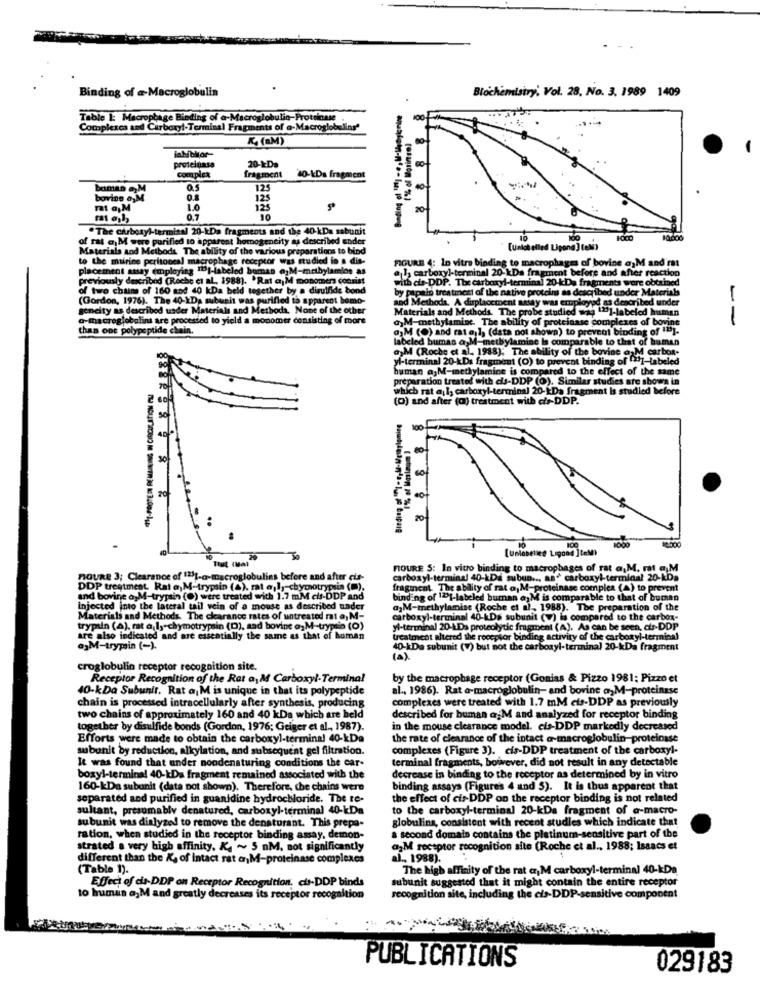
Binding of a Macroglobulin
Biochemistry', Vol. 28, No. 3. 1989 1409
Table 1: Macrophage Binding of a-Macroglobulio-Protoinuse .
Complexes and Carboxyl-Terminal Fragments of e-Macroglobulins'
K (AM)
(% of Maringel
inhibitor-
20-ŁDa
proteinasa
fragment
complex
10-kDs fragment
batman M
0.5
125
bovins a,M
125
1.0
125
0.7
10
"The carboxyl-terminal 20-kDa fragments and the 40-kDa sabunit
of rat a)M were purified to apparent homogeneity as described ender
Materials and Methods The ability of the various preparations to bind
[unlot elled Lipond ] tel)
to the marine peritoneal macrophage receptor was studied in a dis-
FIGURE 4: In vitro binding to macrophages of bovine a1M and rat
placement assay employing 12|-labeled bornas @;M-mebylamios as
als carboxyl-terminal 20-kDa fragment before and after reaction
previously described (Roche et al, 1988). * Rat a)M monomers consist
with cis-DDP. The carboxyl-terminal 20-kDa fragments were obtained
of two chums of 160 and 40 kDa beld together by a disulfide bond
by papain treatment of the native proteins as described under Materials
(Gordon, 1976). The 40-XDa subunit was purified to apparent homo-
and Methods, A displacement sesay was employed as described under
geneity as described under Materials and Methods. None of the other
Materials and Methods. The probe studied was ""]-labeled human
a-macreglobalini are processed to yield a monomer consisting of more
a)M-methylamine. The ability of proteinase complexes of bovine
--
thas ont polype pu
polypeptide chain.
a) M (0) and rat al, (data not shown) to prevent binding of 12].
labeled buman a,M-methylamine is comparable to that of human
a)M (Roche et al ., 1988); The ability of the bovine o.M carbor-
yl-terminal 20-kDs fragment (0) to prevent binding of ".
ha of 1]-Labeled
buman ajM-methylamine is compared to the effect of the same
preparation treated with dis-DDP (O). Similar studies are shown in
which rat a; I, carboxyl-terminal 20-1Da fragment Is studied before
(0) and after (o) treatment with dfs-DDP.
8
so
[Unlabelled Ligood ]teM)
100
FIGURE 5: In vitro binding to macrophages of rat a,M. m a M
nouRe 3; Clearance of 1251-a-macroglobulins before and after cis-
carboxyl-terminal 40-kDa subun ...
bun ... as" carboxyl-terminal 20-KDg
DDP treatment Rat a)M-trypsin (a), rat a,ly chymotrypsin (m).
fragment. The ability of rat a, M-proteinase complex (A) to prevent
und bovine ogM-trypsin (0) were treated with 1.7 mM cis-DDP and
R of 1291-labeled burnan @1M
In a M is comparable to that of buman
injected into the lateral tail vein of a mouse as described under
ajM-methylamise (Roche et al, 1988). The preparation of the
Materials and Methods. The clearance rates of untreated rat a, M-
carboxyl-terminal 40-kDs subunit (v) is compared to the carbox-
trypan (A). rat a_ls-chymotrypsin (D), sad bovine ogM-trypsin (0)
yl-terminal 20-LDa proteolytic fragment (A). As can be seen, dir-DDP
are also indicated and are essentially the same as that of human
treatment altered the receptor binding activity of the carboxyl-terminal
agM-trypsin (-).
40-kDa subunit (V) but not the carboxyl-terminal 20-kDa fragment
(A)
croglobulin receptor recognition site.
Receptor Recognition of the Rat a, M Carboxyl-Terminal
by the macrophage receptor (Gonias & Pizzo 1981; Pizzo et
40-kDa Subunir. Rat a M is unique in that its polypeptide
al ., 1986). Rat a-macroglobulin- and bovine a,M-proteinase
chain is processed intracellularly after synthesis, producing
complexes were treated with 1.7 mM cts-DDP as previously
two chains of approximately 160 and 40 kDa which are held
described for human a;M and analyzed for receptor binding
together by disulfide bonds (Gordon, 1976; Geiger et al ., 1987).
in the mouse clearance model. cis-DDP markedly decreased
Efforts were made to obtain the carboxyl-terminal 40-kDa
the rate of clearance of the intact a-macroglobulin-proteinase
subunit by reduction, alkylation, and subsequent gel filtration.
complexes (Figure 3). cis-DDP treatment of the carboxyl-
It was found that under nondenaturing conditions the car-
terminal fragments, however, did not result in any detectable
boxyl-terminal 40-kDa fragment remained associated with the
decrease in binding to the receptor as determined by in vitro
160-kDa subunit (data not shown). Therefore, che chains were
binding assays (Figures 4 and 5). It is thus apparent that
separated and purified in guanidine hydrochloride. The te-
the effect of cis DDP on the receptor binding is not related
sultant, presumably denatured, carboxyl-terminal 40-kDa
to the carboxyl-terminal 20-kDa fragment of a-macro-
globulins, consistent with recent studies which indicate that
subunit was dialyzel to remove the denaturant. This prepa-
ration, when studied in the receptor binding assay, demon-
a second domain contains the platinum-sensitive part of the
strated a very high affinity. K ~ 5 nM, not significantly
a¿M receptor recognition site (Roche et al ., 1988; Isaacs et
different than the K, of intact rat arM-proteinase complexes
l ., 1988).
(Table 1).
The high affinity of the rat ar, M carboxyl-terminal 40-kDa
Effect of cis-DDP on Receptor Recognition. cis-DDP binds
subunit suggested that it might contain the entire receptor
to human a, M and greatly decreases its receptor recognition
recognition site, including the cis-DDP-sensitive component
PUBLICATIONS
029183